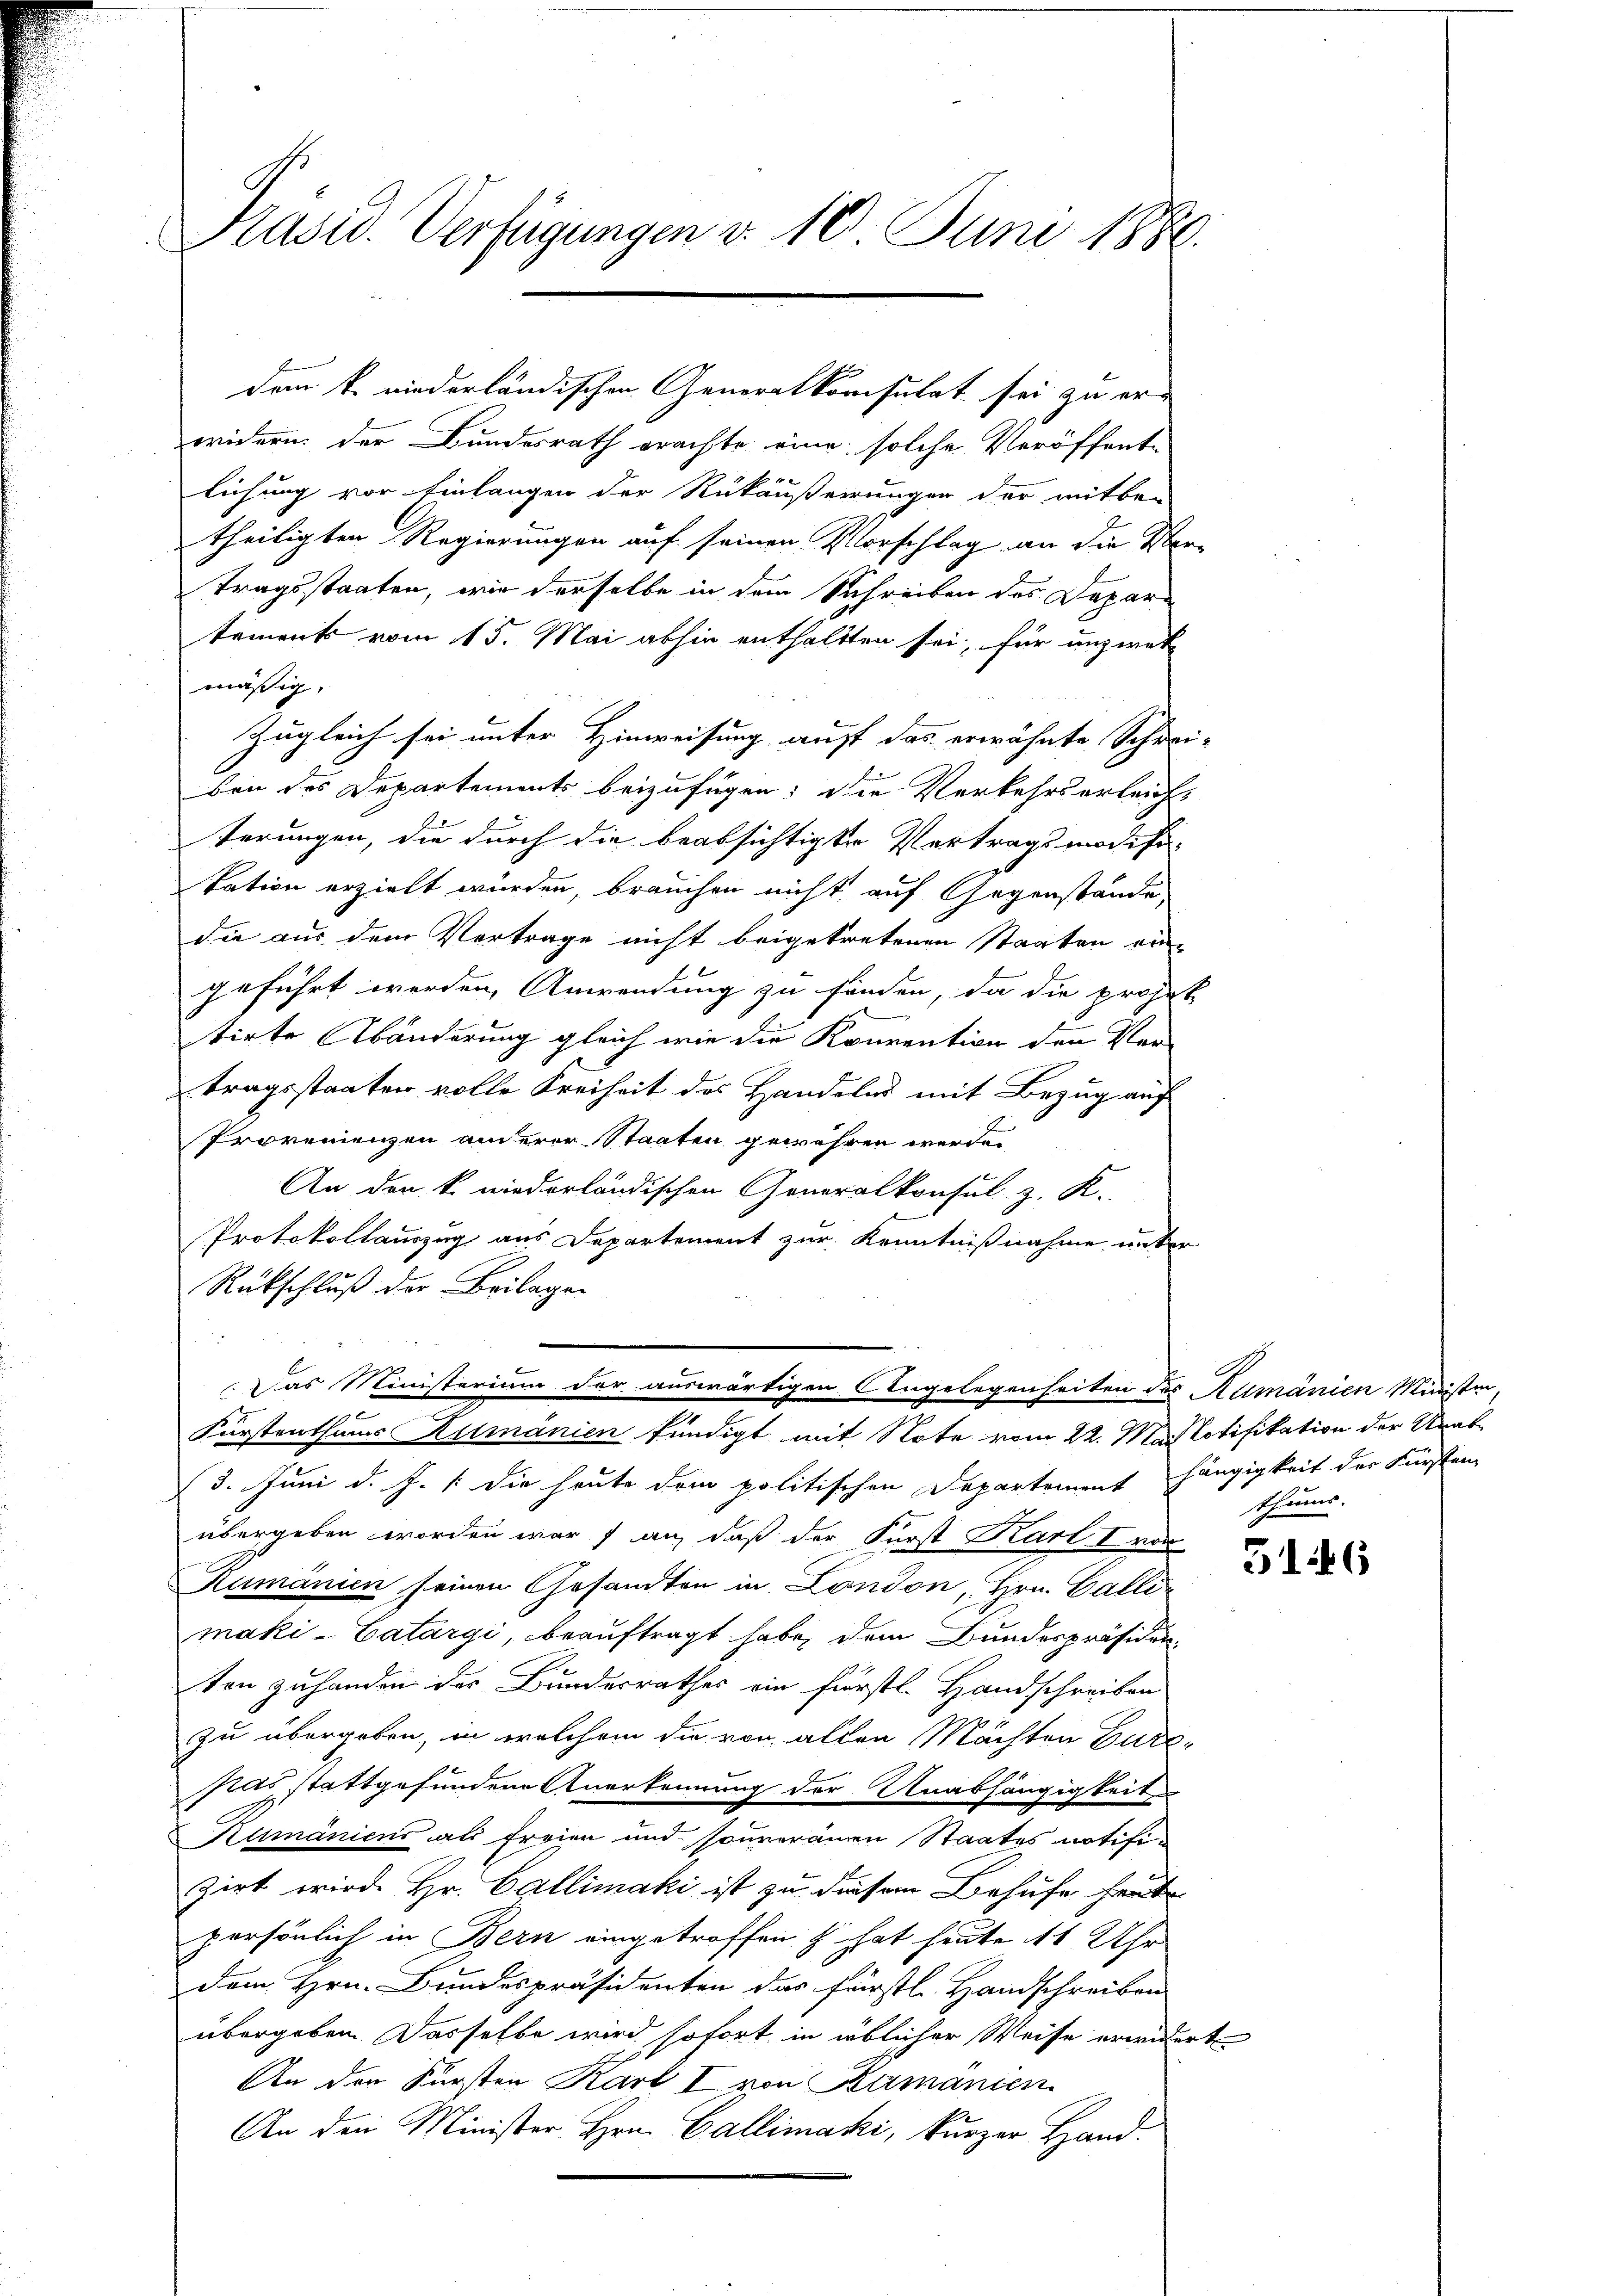
Präsid. Verfügungen d. 10. Juni 1886.

oridern der Bundesrath brachte eine solche Veröffent-
lichung vor Einlangen der Rückäußerungen der mitbe-
theiligten Regierungen auf seinen Vorschlag an die Mortragsstaaten, wie derselbe in dem Schreiben des Departement vom 15. Mai abhin enthaltten sei, für unzwet
mäßig,
Zugleich sei unter Hinweisung auf das erwähnte Schrei-
von des Departements beizufügen; die Verkehrserleicht
terungen, die durch die beabsichtigte Vertragsmodifi-
tation erzielt wurden, brauchen nicht auf Gegenstände
die aus dem Vertrage nicht beigetretenen Staaten ein-
geführt werden, Anwendung zu finden, da die projek
tirte Abänderung gleich wie die Konvention den Ver-
tragsstaaten volle Freiheit des Handelns mit Bezug auf
Provenienzen anderer Staaten gewähren werde.
An den k. niederländischen Generalkonsul z. K.
Protokollauszug aus Departement zur Kenntnißnahme unter
Rückschluß der Beilagen

dem k. niederländischen Generalkonsulat sei zu er¬

(3. Juni d. J. /:die heute dem politischen Departement hängigkeit der Fürsten
übergeben worden warf an, daß der Fürst Karl I vor
Rumänien seinen Gesandten in London, Hrn. Galli-
maki- Catargi, beauftragt habe, dem Bundespräsiden
e
ten zuhanden der Bundesrathes ein fürstl. Handschreiben
zu übergeben, in welchem die von allen Machten Gure-
sas stattgefunden Anerkennung der Unabhängigkeit
Rumäniens als freien und souveranen Staates notifizirt wird Hr. Callimaki ist zu diesem Behufe freite
persönlich in Bern eingetroffen, s. hat heute 11 Uhr
dem Hrn. Bundespräsidenten das fürstl. Handschreiben
übergeben. Dasselbe wird sofort in üblicher Weise erwidert
An den Fürsten Karl I von Rumänien
An den Minister Hrn. Gallimaki, kurzer Hand.

Das Ministerium der auswärtigen Angelegenheiten des Rumänien Ministern,
Fürstenthums Rumänien kündigt mit Note vom 22. Mailotifikation der Straf¬

thums.

316